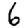
Digit: 6